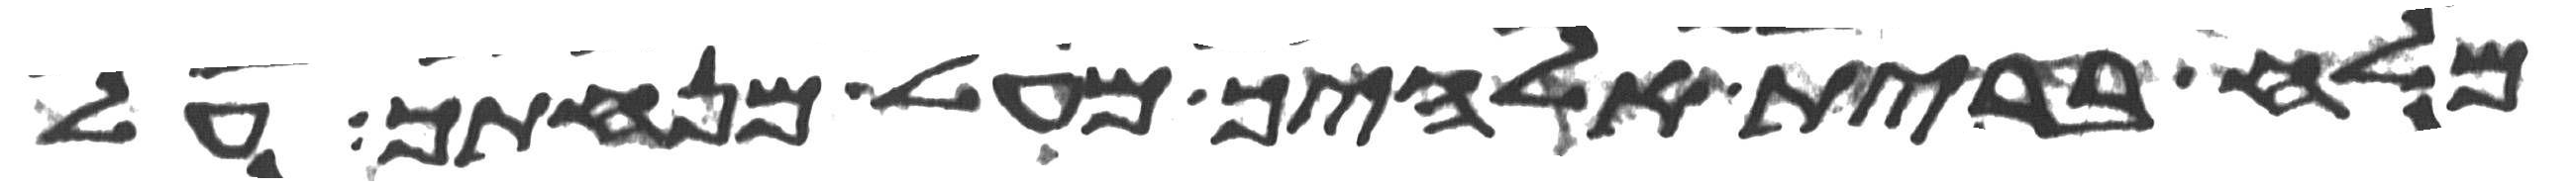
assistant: מלח ברית אלהיך מעל מנחתך על